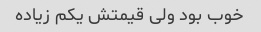
خوب بود ولی قیمتش یکم زیاده